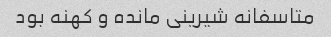
متاسفانه شیرینی مانده و کهنه بود